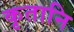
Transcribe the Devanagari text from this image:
कृतानि